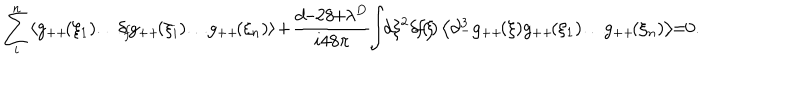
LaTeX: \sum _ { i } ^ { n } \! \left< g _ { + + } \! ( \xi _ { 1 } ) \! \dots \! \delta _ { \! f } \! g _ { + + } \! ( \xi _ { i } ) \! \dots \! g _ { + + } \! ( \xi _ { n } ) \right> \! + \! \frac { d \! \! - \! \! 2 8 \! \! + \! \! \lambda ^ { D } } { i 4 8 \pi } \! \! \int \! \! d \xi ^ { 2 } \! \, \delta \! f \! ( \! \xi \! ) \left< \partial _ { - } ^ { 3 } g _ { + + } \! ( \xi ) g _ { + + } \! ( \xi _ { 1 } ) \! \dots \! g _ { + + } \! ( \xi _ { n } ) \right> \! \! = \! \! 0 .